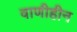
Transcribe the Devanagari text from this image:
वाणीहीन